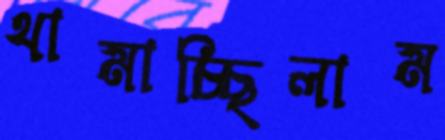
থামাচ্ছিলাম